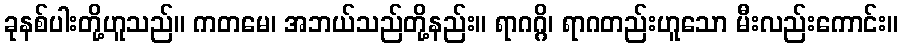
ခုနစ်ပါးတို့ဟူသည်။ ကတမေ၊ အဘယ်သည်တို့နည်း။ ရာဂဂ္ဂိ၊ ရာဂတည်းဟူသော မီးလည်းကောင်း။